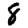
Digit: 8